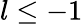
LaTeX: l\leq-1